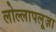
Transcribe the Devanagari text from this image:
लोल्लापलूज़ा